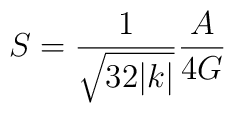
S = \frac{1}{\sqrt{32|k|}} \frac{A}{4G}